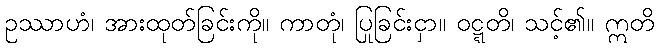
ဥဿာဟံ၊ အားထုတ်ခြင်းကို။ ကာတုံ၊ ပြုခြင်းငှာ။ ဝဋ္ဋတိ၊ သင့်၏။ ဣတိ